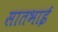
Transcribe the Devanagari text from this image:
सातभाई